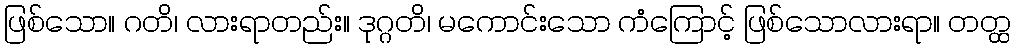
ဖြစ်သော။ ဂတိ၊ လားရာတည်း။ ဒုဂ္ဂတိ၊ မကောင်းသော ကံကြောင့် ဖြစ်သောလားရာ။ တတ္ထ